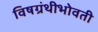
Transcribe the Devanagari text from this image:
विषग्रंथीभोवती